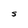
Character: S